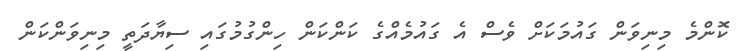
ކޮންމެ މިނިވަން ގައުމަކަށް ވެސް އެ ގައުމެއްގެ ކަންކަން ހިންގުމުގައި ސިޔާދަތީ މިނިވަންކަން